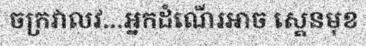
ចក្រវាលវ...អ្នកដំណើរអាច ស្គេនមុខ